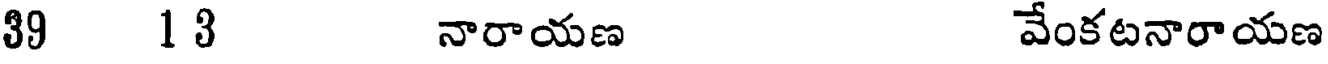
39 13 నారాయణ వేంకటనారాయణ